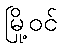
မြို့ဝင်